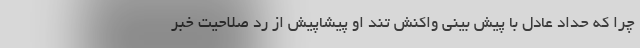
چرا که حداد عادل با پیش بینی واکنش تند او پیشاپیش از رد صلاحیت خبر